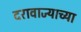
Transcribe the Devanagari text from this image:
दरावाज्याच्या